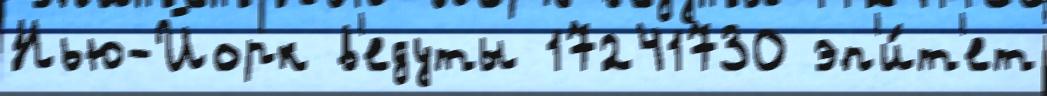
Нью-Йорк в'едуты 17241730 эп'и́т'ет